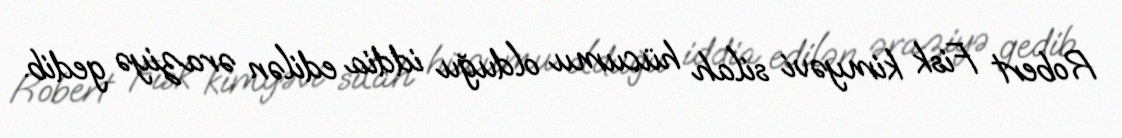
Robert Fisk kimyəvi silah hücumu olduğu iddia edilən əraziyə gedib.